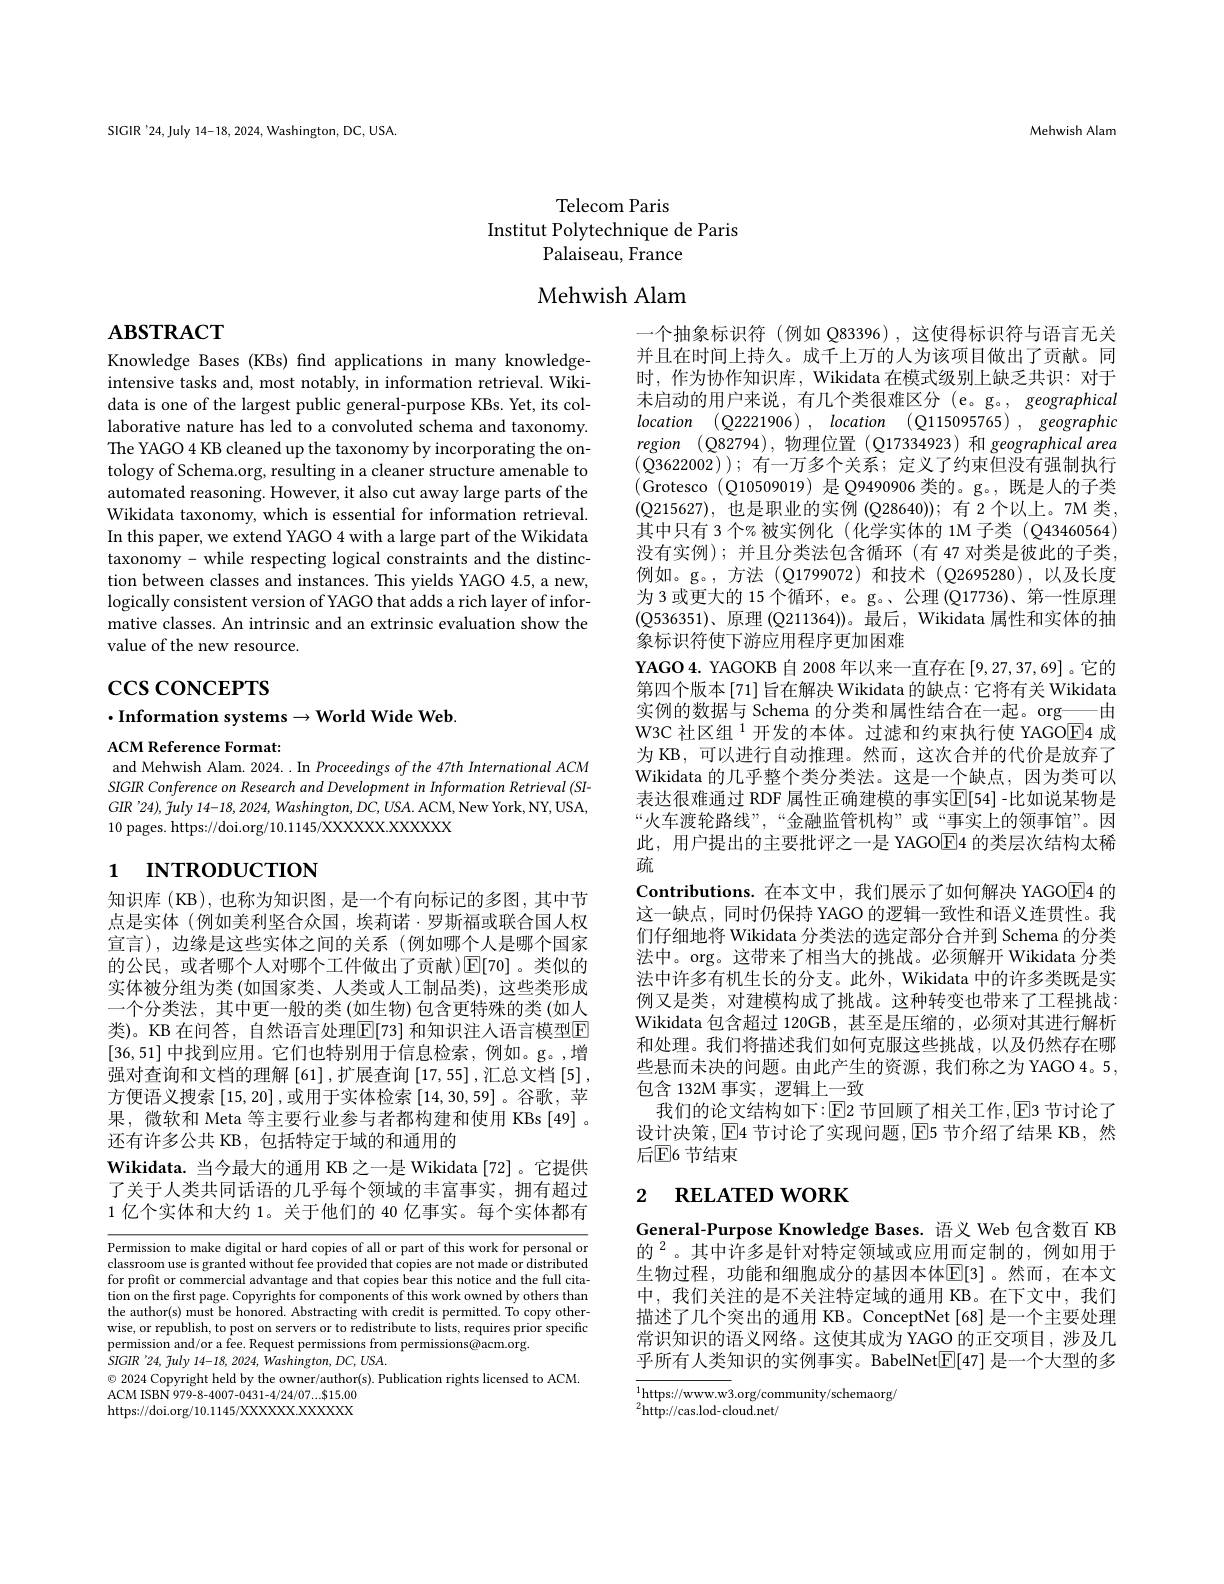
SIGIR'24,July 14-18, 2024, Washington, DC, USA.

Mehwish Alam

Telecom Paris
Institut Polytechnique de Paris
Palaiseau, France

Mehwish Alam

# $\mathbf{ABSTRACT}$

Knowledge Bases (KBs) find applications in many knowledgeintensive tasks and, most notably, in information retrieval. Wikidata is one of the largest public general-purpose KBs. Yet, its collaborative nature has led to a convoluted schema and taxonomy. The YAGO 4 KB cleaned up the taxonomy by incorporating the ontology of Schema.org, resulting in a cleaner structure amenable to automated reasoning. However, it also cut away large parts of the Wikidata taxonomy, which is essential for information retrieval. In this paper, we extend YAGO 4 with a large part of the Wikidata taxonomy- while respecting logical constraints and the distinction between classes and instances. This yields YAGO 4.5, a new, logically consistent version of YAGO that adds a rich layer of informative classes. An intrinsic and an extrinsic evaluation show the value of the new resource.

# $\csc\csc$coNCEPTS

$\cdot$Information systems$\to$World Wide Web.

ACM Reference Format:
and Mehwish Alam. 2024.. In Proceedings of the 47th International ACM

SIGIR Conference on Research and Development in Information Retrieval (SI- $GIR’ 24) $, fuly 14- 18, 2024, Washington, DC, USA. ACM, New York, NY, USA, 10 pages. https://doi.org/10.1145/XXXXXX.XXXXX

# 1 пткористюм

知识库(KB),也称为知识图，是一个有向标记的多图，其中节点是实体 (例如美利坚合众国，埃莉诺·罗斯福或联合国人权宣言),边缘是这些实体之间的关系(例如哪个人是哪个国家的公民，或者哪个人对哪个工件做出了贡献)$\operatorname{E}[70]$。类似的实体被分组为类 (如国家类、人类或人工制品类),这些类形成一个分类法，其中更一般的类(如生物)包含更特殊的类(如人类)。KB 在问答，自然语言处理$\boxed{\mathrm{E}}[73]$ 和知识注人语言模型$\mathbb{E}$ [36,51]中找到应用。它们也特别用于信息检索，例如。g。,增强对查询和文档的理解 [61],扩展查询 [17,55],汇总文档 [5] , 方便语义搜索[15,20] ,或用于实体检索[14,30,59] 。谷歌，苹果，微软和 Meta 等主要行业参与者都构建和使用 KBs [49]。还有许多公共 KB,包括特定于域的和通用的
Wikidata. 当今最大的通用 KB 之一是 Wikidata [72]。它提供了关于人类共同话语的几乎每个领域的丰富事实，拥有超过1 亿个实体和大约 1。关于他们的 40 亿事实。每个实体都有

Permission to make digital or hard copies of all or part of this work for personal or classroom use is granted without fee provided that copies are not made or distributed for profit or commercial advantage and that copies bear this notice and the full citation on the first page. Copyrights for components of this work owned by others than the author(s) must be honored. Abstracting with credit is permitted. To copy otherwise, or republish, to post on servers or to redistribute to lists, requires prior specific permission and/or a fee. Request permissions from permissions@acm.org.
$SIGIR$ '24, fuly 14-18, 2024, Washington, DC, USA.
$\odot$ 2024 Copyright held by the owner/author(s). Publication rights licensed to ACM.
ACM ISBN 979- 8- 4007- 0431- 4/ 24/ 07. . . $\$$15. 00 https://doi.org/10.1145/XXXXXX.XXXXX

一个抽象标识符(例如 Q83396),这使得标识符与语言无关并且在时间上持久。成千上万的人为该项目做出了贡献。同时，作为协作知识库，Wikidata 在模式级别上缺乏共识：对于末启动的用户来说，有几个类很难区分 (e。g。, geographical location $( Q2221906)$ , location $( Q115095765)$ , geographic region (Q82794),物理位置 (Q17334923)和 geographical area (Q3622002));有一万多个关系；定义了约束但没有强制执行(Grotesco(Q10509019)是Q9490906类的。g。,既是人的子类$(\mathbb{Q}$215627),也是职业的实例 (Q28640));有 2个以上。7M 类， 其中只有 3 个% 被实例化 (化学实体的 1M 子类 (Q43460564) 没有实例);并且分类法包含循环(有 47 对类是彼此的子类， 例如。g。,方法(Q1799072)和技术(Q2695280),以及长度为 3 或更大的 15 个循环，e。g。、公理 (Q17736)、第一性原理(Q536351)、原理 (Q211364))。最后，Wikidata 属性和实体的抽象标识符使下游应用程序更加困难
YAGO 4. YAGOKB 自 2008 年以来一直存在[9,27,37,69] 。它的第四个版本[71] 旨在解决 Wikidata 的缺点：它将有关 Wikidata 实例的数据与 Schema 的分类和属性结合在一起。org——由W3C 社区组$^{1}$开发的本体。过滤和约束执行使 YAGOE4 成为 KB, 可以进行自动推理。然而，这次合并的代价是放弃了Wikidata 的几乎整个类分类法。这是一个缺点，因为类可以表达很难通过 RDF 属性正确建模的事实$\overline{\mathbb{E}}[54]$ -比如说某物是“火车渡轮路线”,“金融监管机构”或“事实上的领事馆”。因此，用户提出的主要批评之一是 YAGO$\overline{\mathrm{E}}$4 的类层次结构太稀疏
Contributions.在本文中，我们展示了如何解决 YAGOE4 的这一缺点，同时仍保持 YAGO 的逻辑一致性和语义连贯性。我们仔细地将 Wikidata 分类法的选定部分合并到 Schema 的分类法中。$\operatorname{org}$。这带来了相当大的挑战。必须解开 Wikidata 分类法中许多有机生长的分支。此外，Wikidata 中的许多类既是实例又是类，对建模构成了挑战。这种转变也带来了工程挑战： Wikidata 包含超过 120GB, 甚至是压缩的，必须对其进行解析和处理。我们将描述我们如何克服这些挑战，以及仍然存在哪些悬而未决的问题。由此产生的资源，我们称之为 YAGO 4。5, 包含 132M 事实，逻辑上一致
我们的论文结构如下：$\operatorname{E}$2 节回顾了相关工作，$\operatorname{E}$3 节讨论了设计决策，$\operatorname{E}$4 节讨论了实现间题，$\operatorname{E}$5 节介绍了结果 KB,然后$\mathbb{E}$6 节结束

## 2 $\textbf{RELATED WORK}$

General-Purpose Knowledge Bases. 语义 Web 包含数百 KB 的$^{2}$。其中许多是针对特定领域或应用而定制的，例如用于生物过程，功能和细胞成分的基因本体$\mathbb{E}[3]$ 。然而，在本文中，我们关注的是不关注特定域的通用 KB。在下文中，我们描述了几个突出的通用 KB。ConceptNet[68] 是一个主要处理常识知识的语义网络。这使其成为 YAGO 的正交项目，涉及几乎所有人类知识的实例事实。BabelNet$\boxed{\mathrm{E}}[47]$是一个大型的多

${\overline{{^1}\text{https://www.w3}}}.$org/community/schemaorg/
${}^{2}{\mathrm{http://cas.lod-cloud.net/}}$